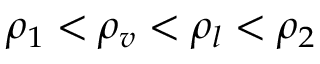
\rho _ { 1 } < \rho _ { v } < \rho _ { l } < \rho _ { 2 }